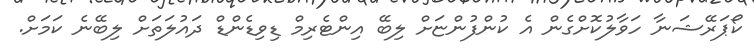
ކޯޕަރޭޝަނާ ހަވާލުކޮށްގެން އެ ކުންފުންޏަށް ލިބޭ އިންޓެރިމް ޑިވިޑެންޑް ދައުލަތަށް ލިބޭނެ ކަމަށް.